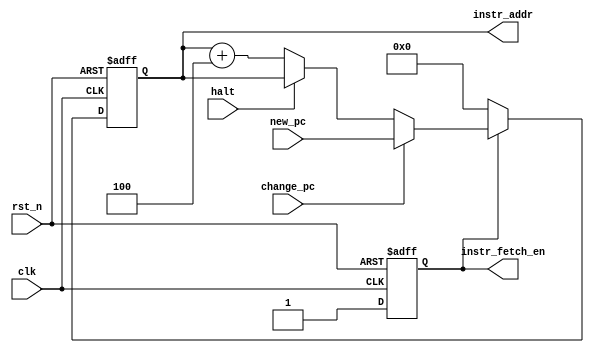
/**
 * program counter
 */
module pc (
   input clk,
   input rst_n,
   
   input [31:0] new_pc,
   input change_pc,
   input halt,
   
   output [31:0] instr_addr,
   output instr_fetch_en
);

   reg [31:0] pc_r;
   reg en_r;

   always @(posedge clk or negedge rst_n) begin
      if (!rst_n)
         en_r <= 1'b0; // don't fetch
      else
         en_r <= 1'b1;
   end

   always @(posedge clk or negedge rst_n) begin
      if (!rst_n)
         pc_r <= 0; // start from address 'h0;
      else if(!en_r) 
         pc_r <= 0;
      else if(change_pc)
         pc_r <= new_pc;
      else if(!halt)
         pc_r <= pc_r + 32'h4;
   end

   assign instr_addr = pc_r;
   assign instr_fetch_en = en_r;

endmodule